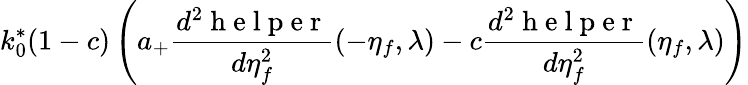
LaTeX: k_{0}^{*}(1-c)\left(a_{+}\frac{d^{2}\mathrm{~h~e~l~p~e~r~}}{d\eta_{f}^{2}}(-\eta_{f},\lambda)-c\frac{d^{2}\mathrm{~h~e~l~p~e~r~}}{d\eta_{f}^{2}}(\eta_{f},\lambda)\right)